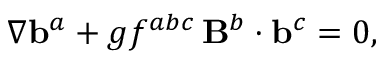
\nabla { \bf b } ^ { a } + g f ^ { a b c } \, { \bf B } ^ { b } \cdot { \bf b } ^ { c } = 0 ,